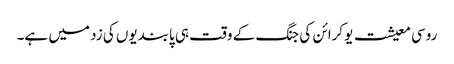
روسی معیشت یوکرائن کی جنگ کے وقت ہی پابندیوں کی زد میں ہے۔